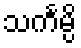
သင်္ကမ္ပိ